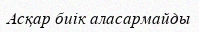
Асқар биiк аласармайды